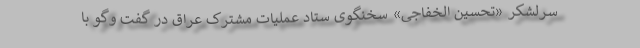
سرلشکر «تحسین الخفاجی» سخنگوی ستاد عملیات مشترک عراق در گفت وگو با